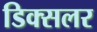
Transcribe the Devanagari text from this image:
डिक्सलर